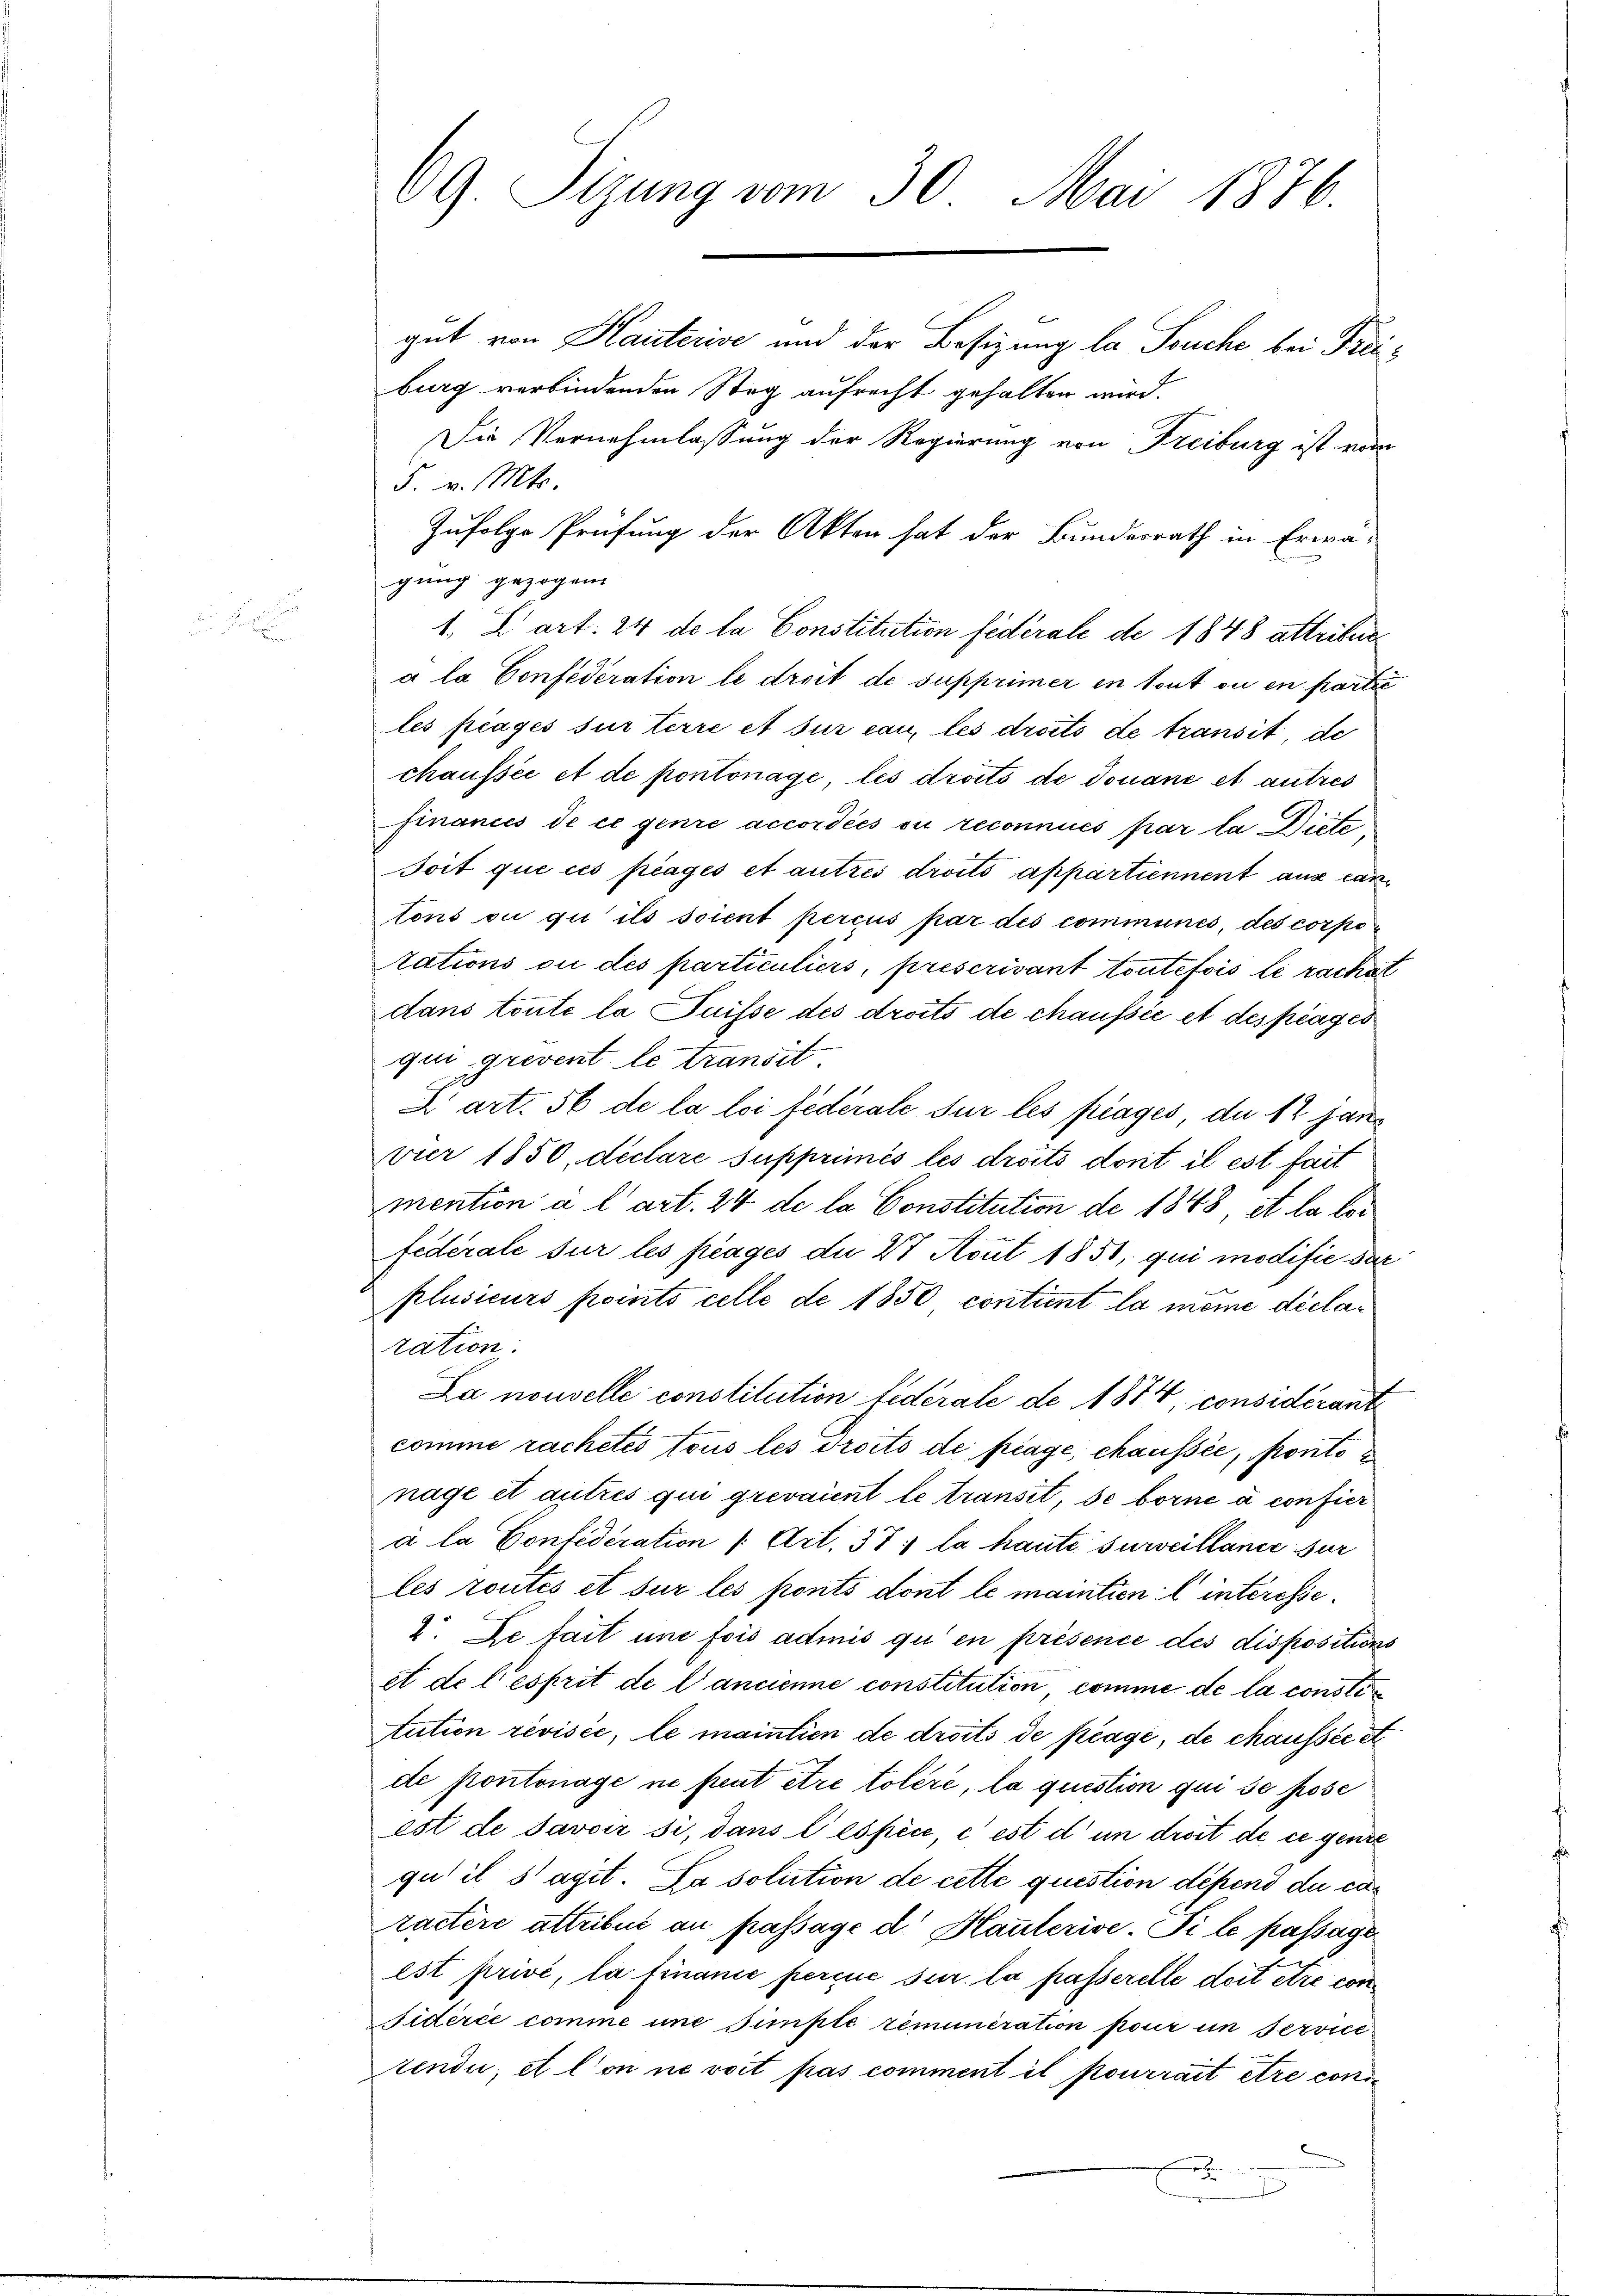
69. Sizung vom 30. Mai 1876.

gut von Kauterise und der Besizung la Souche bei Freiburg verbindenden Steg aufrecht gehalten wird.
Die Vernehmlassung der Regierung von Freiburg ist vom
5. v. Mts.
Zufolge Prüfung der Akten hat der Bundesrath in Erwä-
gung gezogen
1. L Art. 24 de la Constitution fédérale de 1848 attribuea la Confederation le droit de supprimer in tout ou en partie
les payés sur terre et sur cau, les droits de transit, de
chaussée et de pontonage, les droits de Douane et autres
finances de ce genie accordées ou reconnues par la Diete
Soit que ces plages et autres droits appartiennent aus ein
tons ou qui ils soient percus par des communes, des corpotations ou des particuliers, prescrivant toutefois li rachat
dans toute la Puisse des droits de chausić et des plages
qui grevent le transit
X art. 56 de la loi fédérale sur les frages, da 12 janvier 1850, declare supprimés les droits dont il est fait
mention à l’art. 24 de la Constitution de 1848, et la loi
fédérale sur les plages du 27 Aout 1851, qui modifie dar
plusieurs points celle de 1850 contient la meine diclatation.
La nouvelle constitution Lederale de 1874, considérant
comme rachetés tous les droits de piage, chaussée, ponte
nage et autres qui grevaient le transit, se borne a confier
à la Confideration |: Art. 37, la haute surveillance sur
les routes et sur les fonts dont le mantien l. interesse¬
1. De fait une fois admis qu en présence des dispositions
et de l’esprit de l’ancienne constitution comme de la consti
tution révisée, le maintien de droits de plage, de chaussée et
de Pontonage ne peut être toléré, la question qui se prose
est de Javoir si, dans l’espèce, c est d’un droit de ce genie
qu’ il s’agit. La solution de cette question défend du caractère attribus an passage d. Hauterise. Si le passage
est privé, la finance perçue sur la passerelle doit être con
sidérée comme une simple remuneration pour in service
tendii, et l’on ne voit pas comment il pourrait être con¬